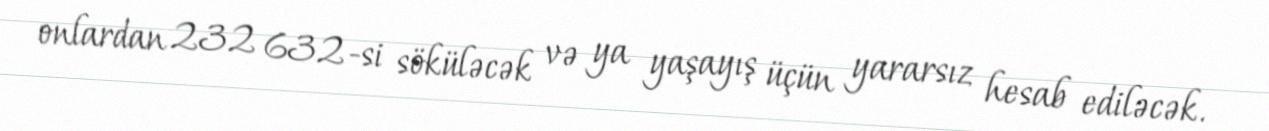
onlardan 232 632-si söküləcək və ya yaşayış üçün yararsız hesab ediləcək.